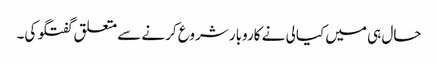
حال ہی میں کیالی نے کاروبار شروع کرنے سے متعلق گفتگو کی۔